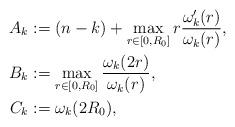
LaTeX: \begin{align*}A_k&:=(n-k)+\max_{r\in[0,R_0]}r\frac{\omega_k'(r)}{\omega_k(r)},\\B_k&:=\max_{r\in[0,R_0]}\frac{\omega_k(2r)}{\omega_k(r)},\\C_k&:=\omega_k(2R_0),\\\end{align*}